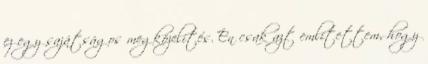
ez egy sajátságos megközelítés. Én csak azt említettem, hogy